Civil Veterinary Department. United Provinces 1923-31 - 1923-1931
Year: 1923
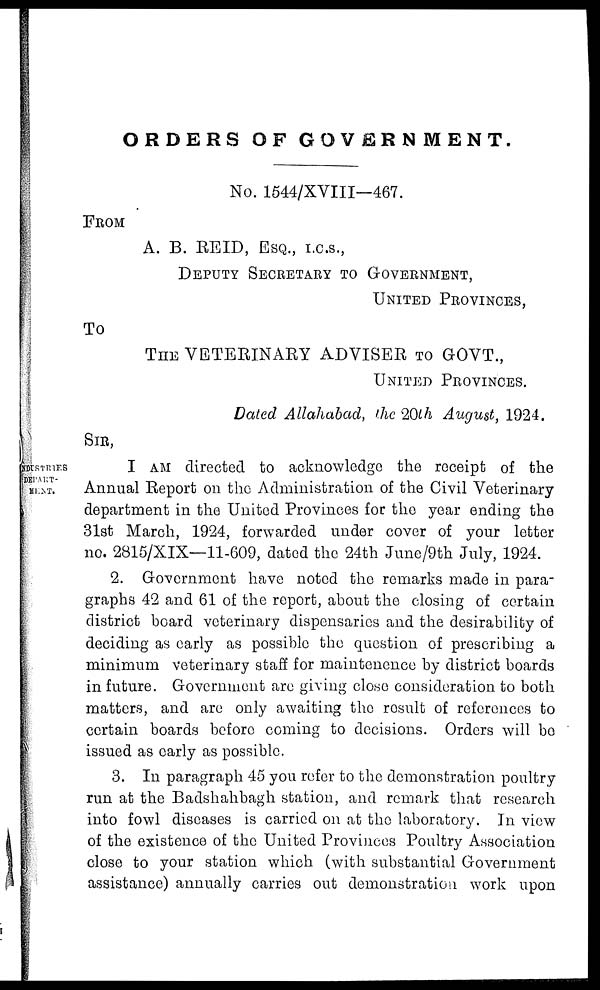
ORDERS OF
GOVERNMENT.
No. 1544/XVIII—467.
FROM
A. B. REID, ESQ., I.C.S.,
DEPUTY SECRETARY TO GOVERNMENT,
UNITED PROVINCES,
TO
THE VETERINARY ADVISER TO GOVT.,
UNITED PROVINCES.
Dated Allahabad, the 20th August, 1924.
SIR,
INDUSTRIES
DEPART-
MENT.
I AM directed to acknowledge the receipt of the
Annual Report on the Administration of the Civil Veterinary
department in the United Provinces for the year ending the
31st March, 1924, forwarded under cover of your letter
no. 2815/XIX—11-609, dated the 24th June/9th July, 1924.
2. Government have noted the remarks made in para-
graphs 42 and 61 of the report, about the closing of certain
district board veterinary dispensaries and the desirability of
deciding as early as possible the question of prescribing a
minimum veterinary staff for maintenence by district boards
in future. Government are giving close consideration to both
matters, and are only awaiting the result of references to
certain boards before coming to decisions. Orders will be
issued as early as possible.
3. In paragraph 45 you refer to the demonstration poultry
run at the Badshahbagh station, and remark that research
into fowl diseases is carried on at the laboratory. In view
of the existence of the United Provinces Poultry Association
close to your station which (with substantial Government
assistance) annually carries out demonstration work upon